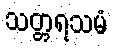
သတ္တရသမံ